Indian journal of veterinary science and animal husbandry - Volume 7,
Year: 1937
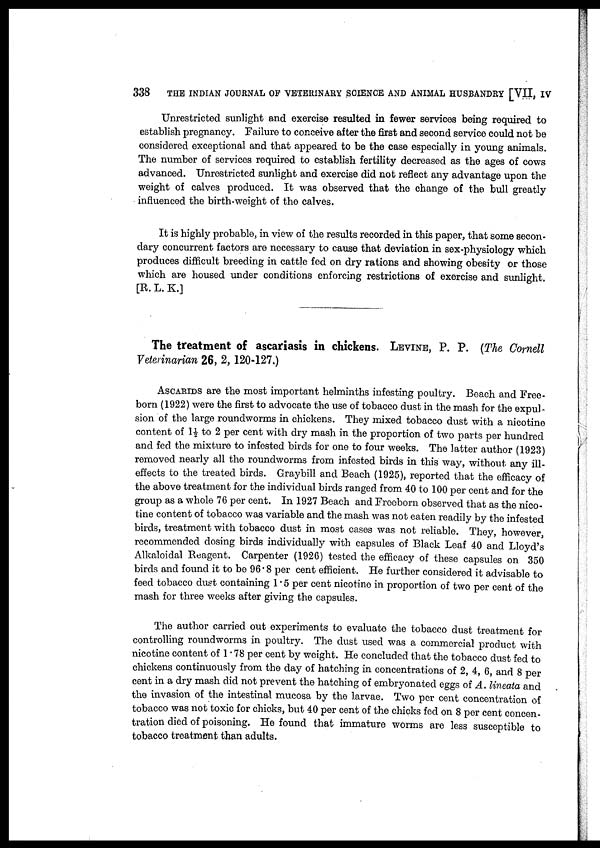
338
THE INDIAN JOURNAL OF VETERINARY SCIENCE AND ANIMAL HUSBANDRY [VII, IV
Unrestricted sunlight and exercise resulted in fewer services being required to
establish pregnancy. Failure to conceive after the first and second service could not be
considered exceptional and that appeared to be the case especially in young animals.
The number of services required to establish fertility decreased as the ages of cows
advanced. Unrestricted sunlight and exercise did not reflect any advantage upon the
weight of calves produced. It was observed that the change of the bull greatly
influenced the birth-weight of the calves.
It is highly probable, in view of the results recorded in this paper, that some secon-
dary concurrent factors are necessary to cause that deviation in sex-physiology which
produces difficult breeding in cattle fed on dry rations and showing obesity or those
which are housed under conditions enforcing restrictions of exercise and sunlight.
[R. L. K.]
The treatment of ascariasis in chickens. LEVINE, P. P. (The Cornell
Veterinarian 26, 2, 120-127.)
ASCARIDS are the most important helminths infesting poultry. Beach and Free-
born (1922) were the first to advocate the use of tobacco dust in the mash for the expul-
sion of the large roundworms in chickens. They mixed tobacco dust with a nicotine
content of 1½ to 2 per cent with dry mash in the proportion of two parts per hundred
and fed the mixture to infested birds for one to four weeks. The latter author (1923)
removed nearly all the roundworms from infested birds in this' way, without any ill-
effects to the treated birds. Graybill and Beach (1925), reported that the efficacy of
the above treatment for the individual birds ranged from 40 to 100 per cent and for the
group as a whole 76 per cent. In 1927 Beach and Freeborn observed that as the nico-
tine content of tobacco was variable and the mash was not eaten readily by the infested
birds, treatment with tobacco dust in most cases was not reliable. They, however,
recommended dosing birds individually with capsules of Black Leaf 40 and Lloyd's
Alkaloidal Reagent. Carpenter (1926) tested the efficacy of these capsules on 350
birds and found it to be 96.8 per cent efficient. He further considered it advisable to
feed tobacco dust containing 1.5 per cent nicotine in proportion of two per cent of the
mash for three weeks after giving the capsules.
The author carried out experiments to evaluate the tobacco dust treatment for
controlling roundworms in poultry. The dust used was a commercial product with
nicotine content of 1.78 per cent by weight. He concluded that the tobacco dust fed to
chickens continuously from the day of hatching in concentrations of 2, 4, 6, and 8 per
cent in a dry mash did not prevent the hatching of embryonated eggs of A. lineata and
the invasion of the intestinal mucosa by the larvae. Two per cent concentration of
tobacco was not toxic for chicks, but 40 per cent of the chicks fed on 8 per cent concen-
tration died of poisoning. He found that immature worms are less susceptible to
tobacco treatment than adults.